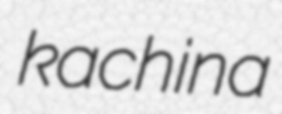
kachina